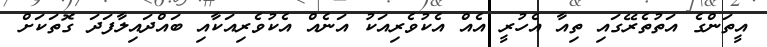
އީތަންގެ އަތުތެރޭގައި ތިއާ އެހުރީ އެއް އެކުވެރިއަކު އަނެއް އެކުވެރިއަކާއި ބައްދައިލާފަދަ ގޮތަކަށް